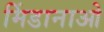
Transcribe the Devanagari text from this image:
मिंडानाओ